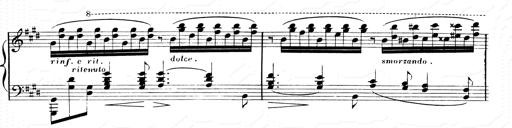
Title: 2 Transcriptions d'aprÃ¨s Rossini
Composer: Franz Liszt